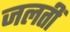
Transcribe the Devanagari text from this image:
जलतीं